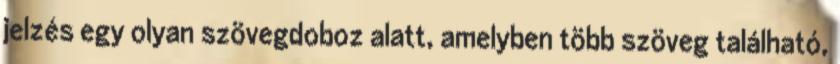
jelzés egy olyan szövegdoboz alatt, amelyben több szöveg található,